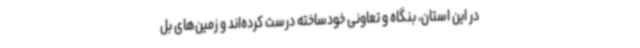
در این استان، بنگاه و تعاونی خودساخته درست کرده‌اند و زمین‌های بل